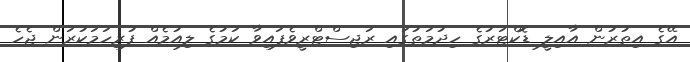
އޭގެ އިތުރުން އާއިލީ ޑޮކްޓަރުގެ ހިދުމަތުގައި ރަޖިސްޓްރީވެފައިވާ ކަމުގެ ލިއުމެއް ފުރިހަމަކުރަން ޖެހެ